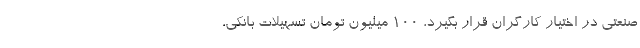
صنعتی در اختیار کارگران قرار بگیرد، ۱۰۰ میلیون تومان تسهیلات بانکی،